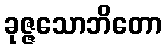
ခုဇ္ဇသောဘိတော